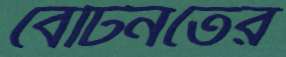
বেটিনতের